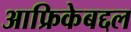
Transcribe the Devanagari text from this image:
आफ्रिकेबद्दल